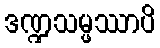
ဒဏ္ဍသမ္ဖဿာပိ